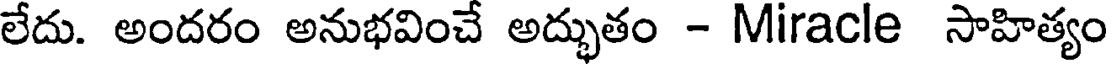
లేదు. అందరం అనుభవించే అద్భుతం - Miracle సాహిత్యం